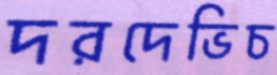
দরদেভিচ